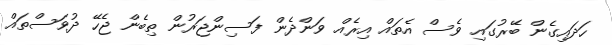
ހަދައިގެން ބޭރުގައި ވެސް އެތައް އިރެއް ވަންދެން ފަސިންޖަރުން ތިބެން ޖެހޭ ދުވަސްތައް